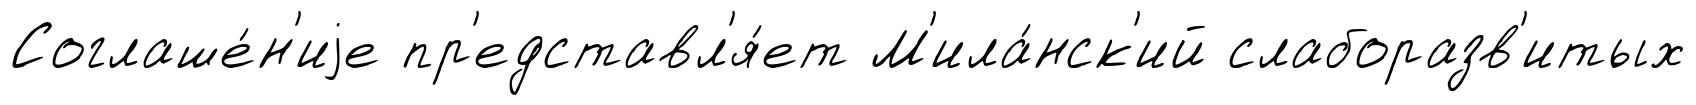
Соглаше́н'иjе пр'едставл'я́ет М'ила́нск'ий слаборазв'итых